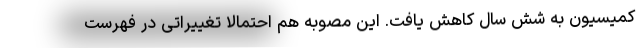
کمیسیون به شش سال کاهش یافت. این مصوبه هم احتمالا تغییراتی در فهرست